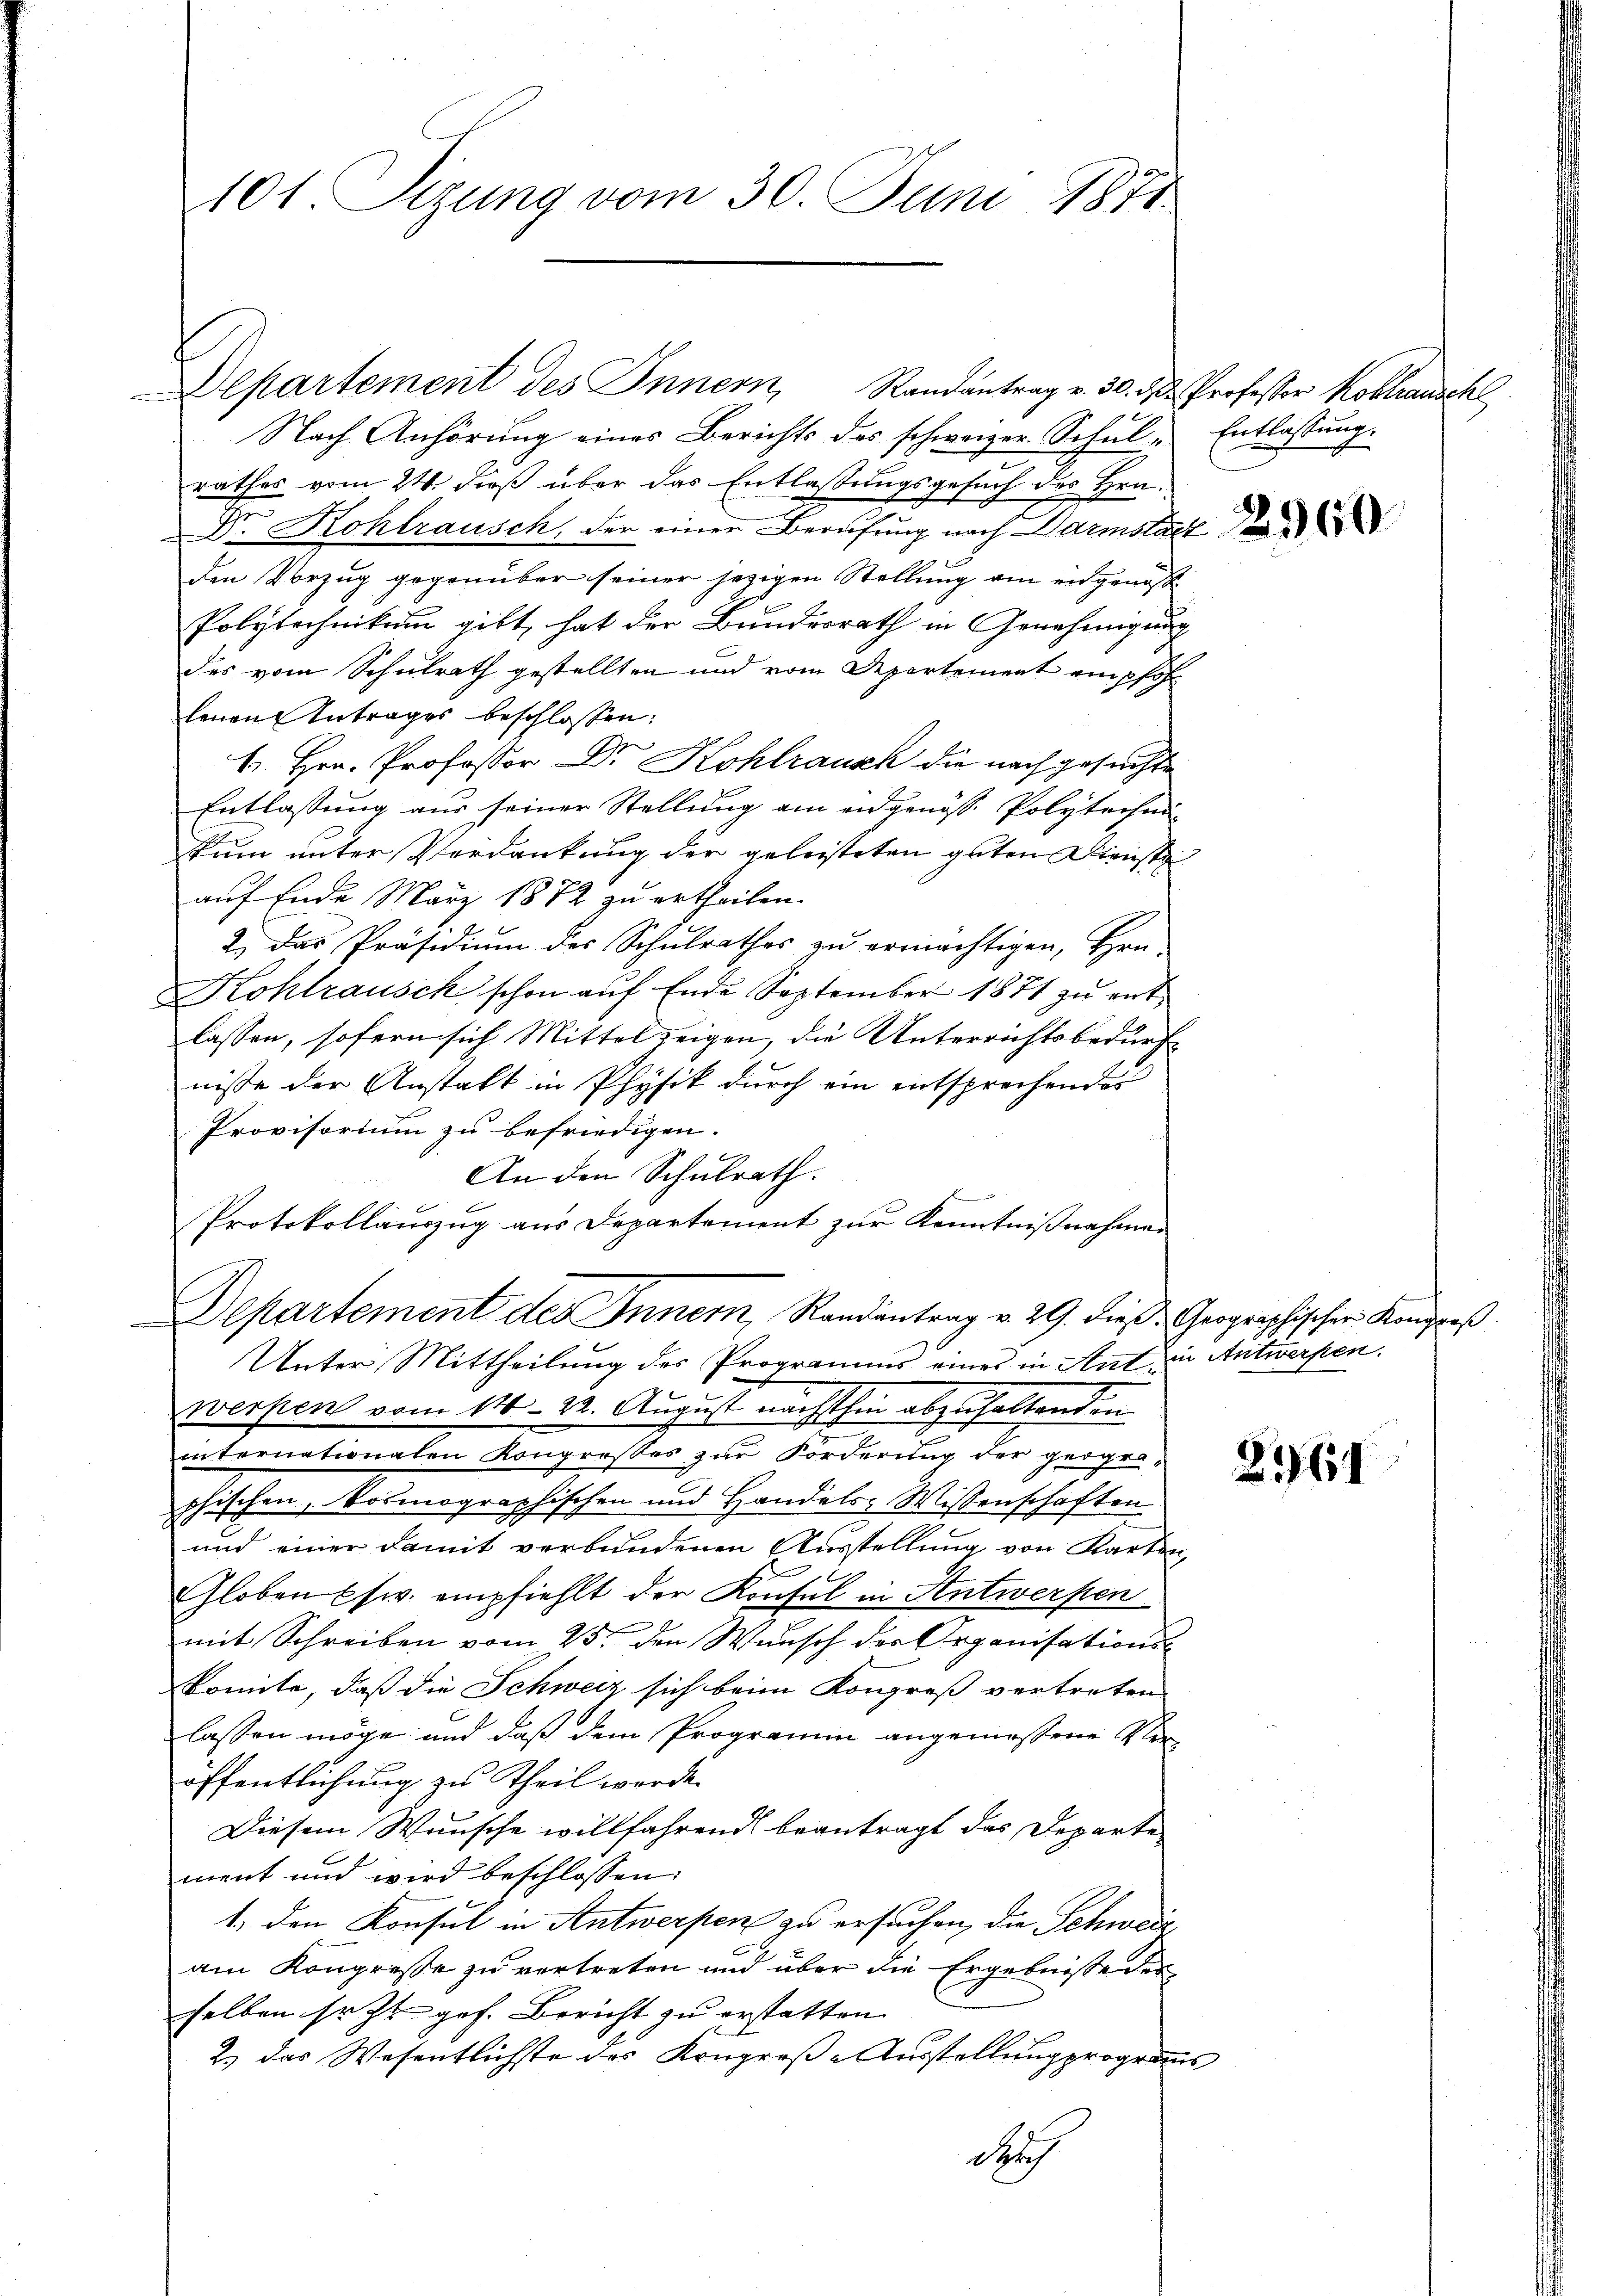
101 Sizung vom 30. Juni 1871

Nach Anhörŭng eines Berichts des schweizer. Schŭl- Entlassŭng.
rathes vom 24. dieß über das Entlaßungsgesuch des Hrn.
Dr. Kohlrausch, der einer Berufung nach Darmstaet
den Vorzug gegenüber seiner jezigen Stellung am eidgenöß
Polytechnikum gilt hat der Bundesrath in Genehmigung
des vom Schulrath gestellten und vom Departement empfohl
lenen Antrages beschlossen:
e
b. Hrn. Professor Dr. Kohlrausch die nachgesuchte
Entlassung aus seiner Stellung am eidgenöss. Polytechnikum unter Verdankung der geleisteten guten Dienste
auf Ende März 1872 zu ertheilen.
2.) Das Präsidiŭm des Schŭlrathes zŭ ermächtigen, Hrn.
Kohlrausch schon auf Ende September 1871 zu entlassen, sofern sich Mittel zeigen, die Unterrichtsbedürfnisse der Anstalt in Physik durch ein entsprechender
Provisorium zu befriedigen.
An den Schulrath.
Protokollauszug aus Departement zur Kenntnißnahmen
Departement des Innern, Randantrag v. 29. dieß Geographischer Kongreß
Unter Mittheilung des Programms eines in Ant. in Antwerfen.
werpen vom 14. 22. August nächsthin abzuhaltenden
internationalen Kongrosses zur Forderung der gegenphischen, kosmographischen und Handels- Wissenschaften
und einer damit verbundenen Ausstellung von Karten,
e
Globen usw. empfiehlt der Konsul in Antwerfen
mit Schreiben vom 25. den Wunsch des Organisationskomite, daß die Schweiz sich beim Kongreß vertreten
lassen möge und daß dem Programm angemessene Veröffentlichung zu Theil werde.
Diesem Wunsche willfahrend beantragt das Departe
ment und wird beschlossen:
1.) Den Konsul in Antwerpen zu ersuchen, die Schweiz
am Kongresse zu vertreten und über die Ergebnisse der
selben sr. Zt. gef. Bericht zu erstatten.
2.) das Wesentlichste des Kongroß-Ausstellung prograus
dach

Departement des Innern, Randantrag v. 30. d. Professor Kobtransch

2961